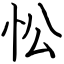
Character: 忪